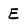
Character: E